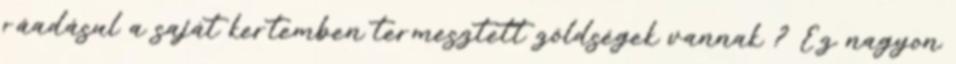
ráadásul a saját kertemben termesztett zöldségek vannak ? Ez nagyon